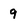
Character: 9